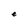
Character: e